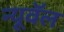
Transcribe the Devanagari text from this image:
न्यूवॅल